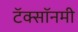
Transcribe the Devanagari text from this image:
टॅक्सॉनमी